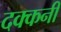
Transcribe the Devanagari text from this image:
दक्‍कनी